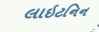
લાઇટનિન